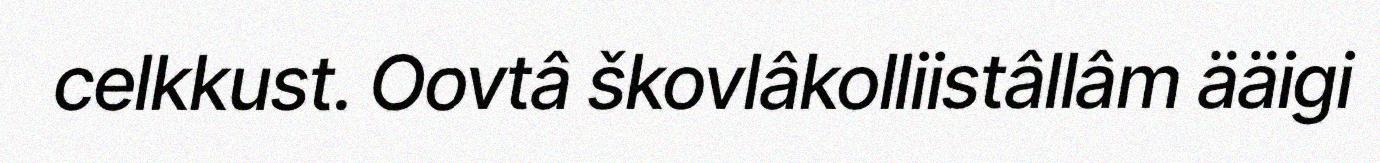
celkkust. Oovtâ škovlâkolliistâllâm ääigi